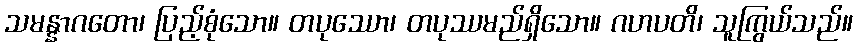
သမန္နာဂတော၊ ပြည့်စုံသော။ တပုဿော၊ တပုဿမည်ရှိသော။ ဂဟပတိ၊ သူကြွယ်သည်။